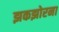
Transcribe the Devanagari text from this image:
झकझोरना